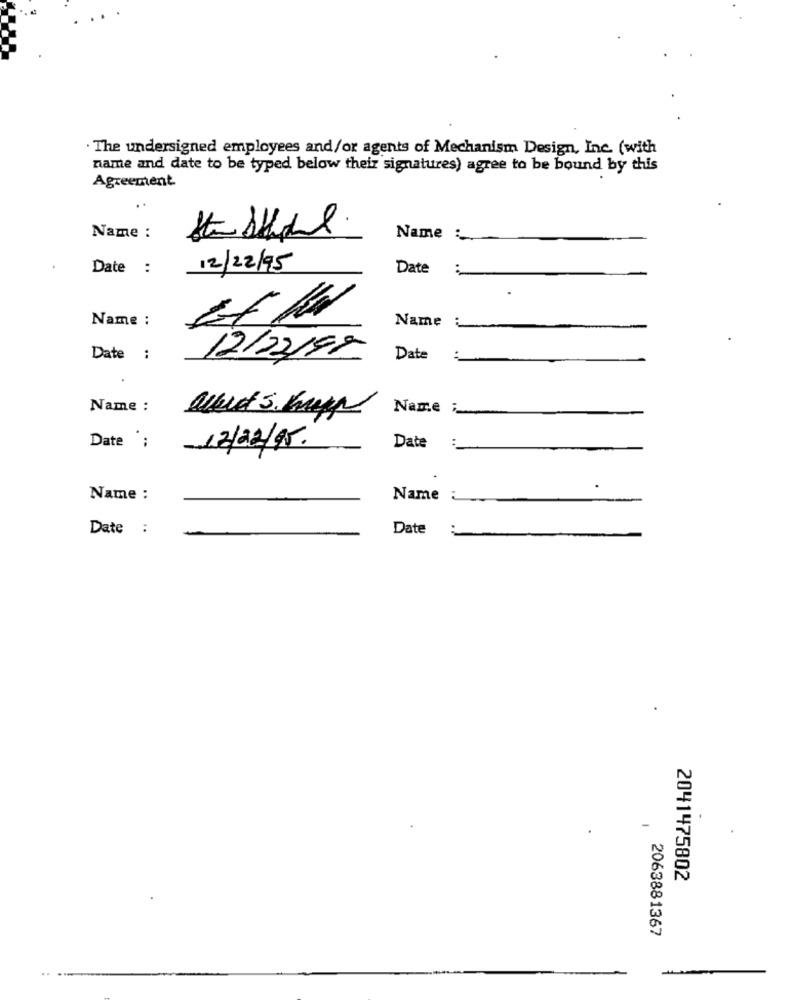
The undersigned employees and/or agents of Mechanism Design, Inc. (with
name and date to be typed below their signatures) agree to be bound by this
Agreement
Name :
Name:
Date :
12/22/95
Date
:
Name :
Name :
Date :
12/02/97
Date
Name :
albert s. hupp
Name ;
Date :
12/02/15.
Date
Name :
Name
Date :
Date
-
2041475802
2063881367
-